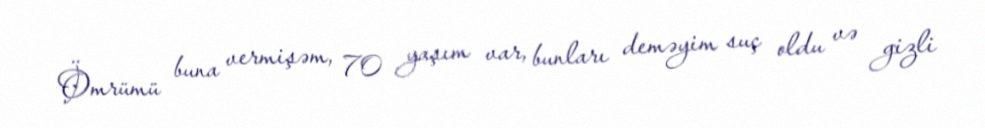
Ömrümü buna vermişəm, 70 yaşım var, bunları deməyim suç oldu və gizli